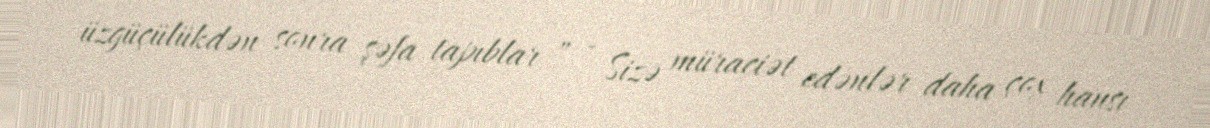
üzgüçülükdən sonra şəfa tapıblar ” - Sizə müraciət edənlər daha çox hansı